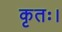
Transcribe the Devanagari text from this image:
कृतः।